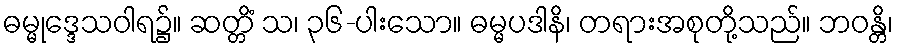
ဓမ္မုဒ္ဒေသဝါရ၌။ ဆတ္တိံ သ၊ ၃၆-ပါးသော။ ဓမ္မပဒါနိ၊ တရားအစုတို့သည်။ ဘဝန္တိ၊